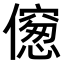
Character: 𠏨